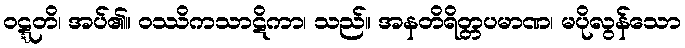
ဝဋ္ဋတိ၊ အပ်၏။ ဝဿိကသာဋိကာ၊ သည်။ အနတိရိတ္တပမာဏ၊ မပိုလွန်သော